Cooking of vegetables and other home-produced foods, 1939
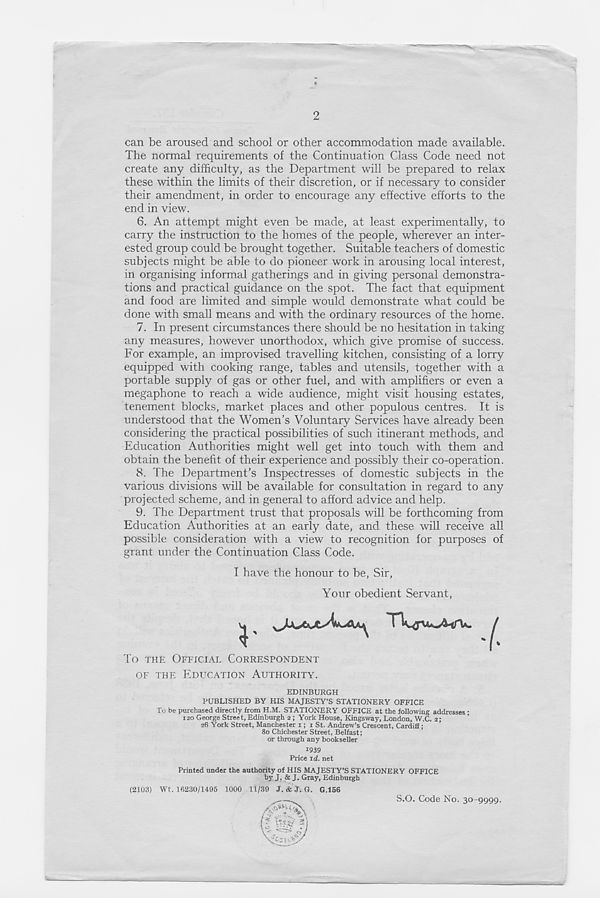
2
can be aroused and school or other accommodation made available.
The normal requirements of the Continuation Class Code need not
create any difficulty, as the Department will be prepared to relax
these within the limits of their discretion, or if necessary to consider
their amendment, in order to encourage any effective efforts to the
end in view.
6. An attempt might even be made, at least experimentally, to
carry the instruction to the homes of the people, wherever an inter-
ested group could be brought together. Suitable teachers of domestic
subjects might be able to do pioneer work in arousing local interest,
in organising informal gatherings and in giving personal demonstra-
tions and practical guidance on the spot. The fact that equipment
and food are limited and simple would demonstrate what could be
done with small means and with the ordinary resources of the home.
7. In present circumstances there should be no hesitation in taking
any measures, however unorthodox, which give promise of success.
For example, an improvised travelling kitchen, consisting of a lorry
equipped with cooking range, tables and utensils, together with a
portable supply of gas or other fuel, and with amplifiers or even a
megaphone to reach a wide audience, might visit housing estates,
tenement blocks, market places and other populous centres. It is
understood that the Women's Voluntary Services have already been
considering the practical possibilities of such itinerant methods, and
Education Authorities might well get into touch with them and
obtain the benefit of their experience and possibly their co-operation.
8. The Department’s Inspectresses of domestic subjects in the
various divisions will be available for consultation in regard to any
projected scheme, and in general to afford advice and help.
9. The Department trust that proposals will be forthcoming from
Education Authorities at an early date, and these will receive all
possible consideration with a view to recognition for purposes of
grant under the Continuation Glass Code.
I have the honour to be, Sir,
Your obedient Servant,
To THE OFFICIAL CORRESPONDENT
OF THE EDUCATION AUTHORITY.
EDINBURGH
PUBLISHED BY HIS MAJESTY’S STATIONERY OFFICE
To be purchased directly from H.M. STATIONERY OFFICE at the following addresses •
120 George Street, Edinburgh 2; York House, Kingsway, London, W.C. 2;
26 York Street, Manchester 1; 1 St. Andrew’s Crescent, Cardiff;
80 Chichester Street, Belfast;
or through any bookseller
1939
Price id. net
Printed under the authority of HIS MAJESTY’S STATIONERY OFFICE
by J. & J. Gray, Edinburgh
(2103) Wt. 16230/1495 1000 11/39 J. & J. G. G.156
S.O. Code No. 30-9999.